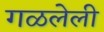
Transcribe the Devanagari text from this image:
गळलेली